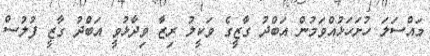
މައްސަލަ ހުށަހަޅުއްވަމުން އަބްދު ގާޒީގެ ވަކީލު ރިޒާ ވިދާޅުވީ އަބްދު ގާޒީ ފުލުސް